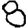
Digit: 8